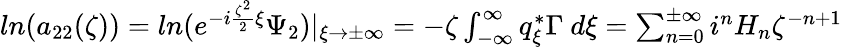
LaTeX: \begin{array}{r}{ln(a_{22}(\zeta))=ln(e^{-i\frac{\zeta^{2}}{2}\xi}\Psi_{2})|_{\xi\rightarrow\pm\infty}=-\zeta\int_{-\infty}^{\infty}q_{\xi}^{*}\Gamma\ d\xi=\sum_{n=0}^{\pm\infty}i^{n}H_{n}\zeta^{-n+1}}\end{array}